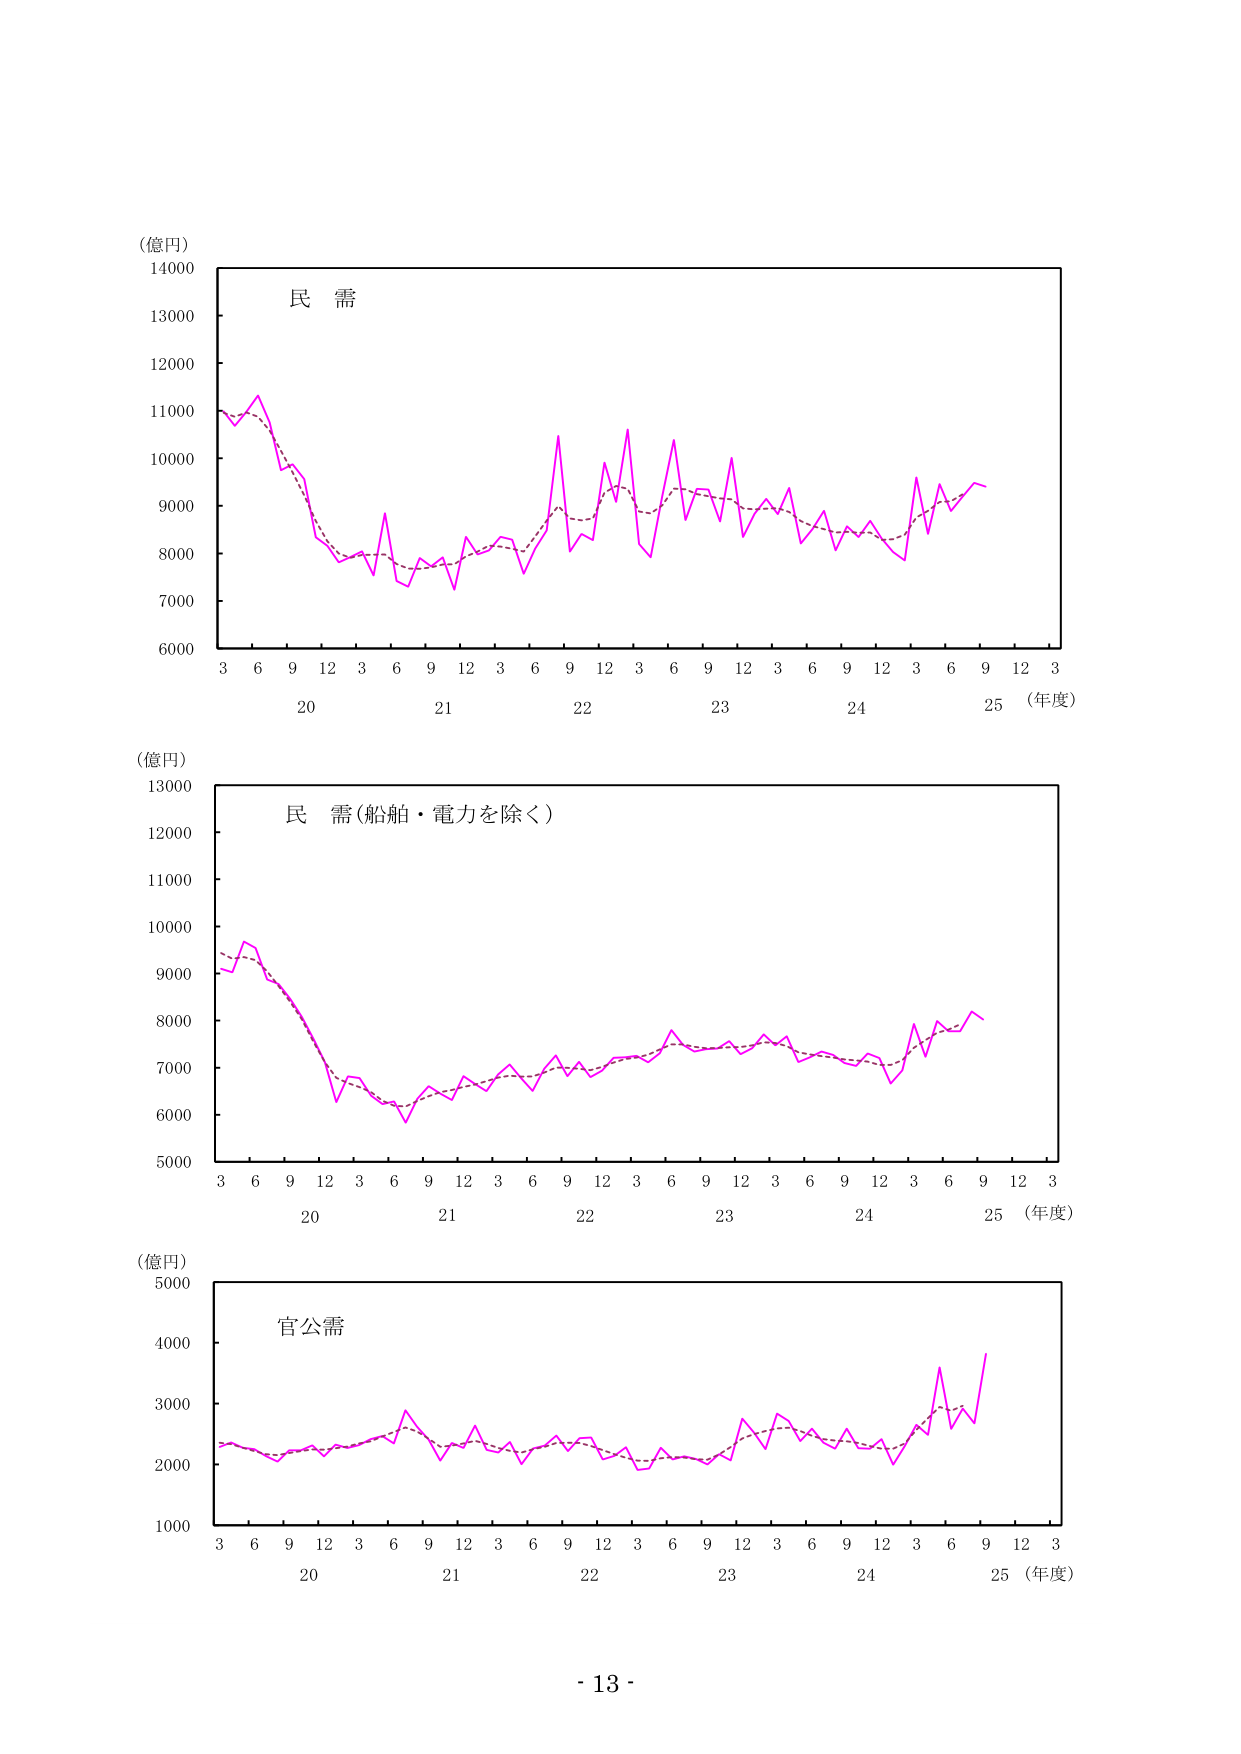
(億円)
14000
13000
12000
11000
10000
9000
8000
7000
6000
3 6 9 12 3 6 9 12 3 6 9 12 3 6 9 12 3 6 9 12 3 6 9 12 3
20 21 22 23 24 25 (年度)
民 需

(億円)
13000
12000
11000
10000
9000
8000
7000
6000
5000
3 6 9 12 3 6 9 12 3 6 9 12 3 6 9 12 3 6 9 12 3 6 9 12 3
20 21 22 23 24 25 (年度)
民 需(船舶・電力を除く)

(億円)
5000
4000
3000
2000
1000
3 6 9 12 3 6 9 12 3 6 9 12 3 6 9 12 3 6 9 12 3
20 21 22 23 24 25 (年度)
官公需

- 13 -